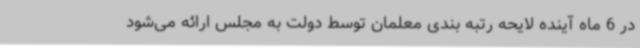
در 6 ماه آینده لایحه رتبه بندی معلمان توسط دولت به مجلس ارائه می‌شود